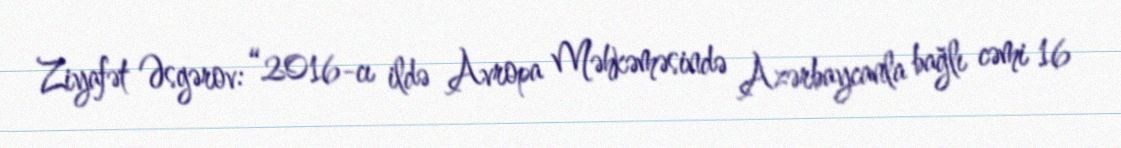
Ziyafət Əsgərov: “2016-cı ildə Avropa Məhkəməsində Azərbaycanla bağlı cəmi 16